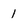
Character: 1